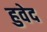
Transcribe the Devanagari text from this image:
हुवेद